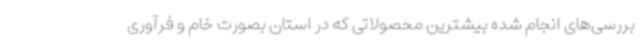
بررسی‌های انجام شده بیشترین محصولاتی که در استان بصورت خام و فرآوری